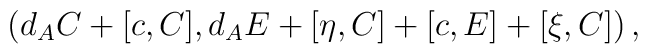
\left(d_AC + [c,C],d_A E + [\eta,C] + [c,E] +[\xi,C]\right),